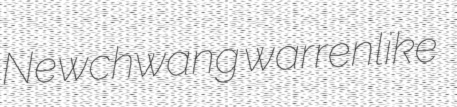
Newchwang warrenlike